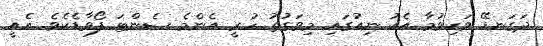
ދަގަނޑޭ ވަކިވުމާ އެކު ނިއުގައި މިވަގުތު ހުރީ އެންމެ ސެންޓަ ފޯވާޑެކެވެ. އެއީ